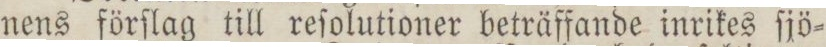
nens förſlag till reſolutioner beträffande inrikes ſjö=